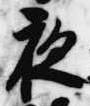
夜